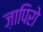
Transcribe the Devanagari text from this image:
ज़ापिरो